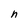
Character: n